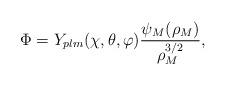
LaTeX: \begin{align*}\Phi=Y_{plm}(\chi,\theta,\varphi)\frac{\psi_{M}(\rho_{M})}{\rho_{M}^{3/2}},\end{align*}